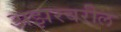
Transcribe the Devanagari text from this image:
अझरवरील